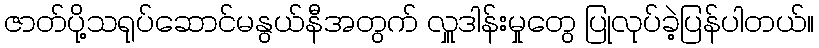
ဇာတ်ပို့သရုပ်ဆောင်မနွယ်နီအတွက် လှူဒါန်းမှုတွေ ပြုလုပ်ခဲ့ပြန်ပါတယ်။